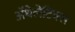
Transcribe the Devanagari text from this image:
ॲथेलेटिक्स